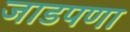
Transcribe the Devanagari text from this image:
जाडपणा